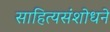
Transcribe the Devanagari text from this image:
साहित्यसंशोधने